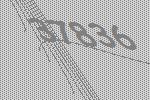
37836